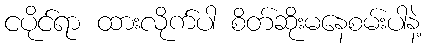
ငပိုင်ရာ ထားလိုက်ပါ စိတ်ဆိုးမနေစမ်းပါနဲ့